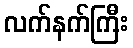
လက်နက်ကြီး